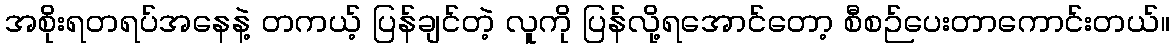
အစိုးရတရပ်အနေနဲ့ တကယ့် ပြန်ချင်တဲ့ လူကို ပြန်လို့ရအောင်တော့ စီစဉ်ပေးတာကောင်းတယ်။